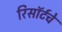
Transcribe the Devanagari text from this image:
रिसॉर्टचे